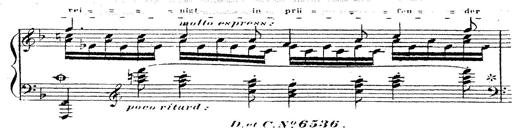
Title: 12 Lieder von Franz Schubert
Composer: Franz Liszt